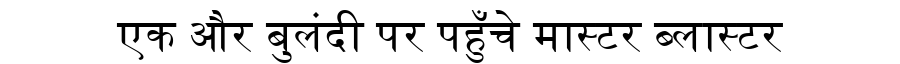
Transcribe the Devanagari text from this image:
एक और बुलंदी पर पहुँचे मास्टर ब्लास्टर